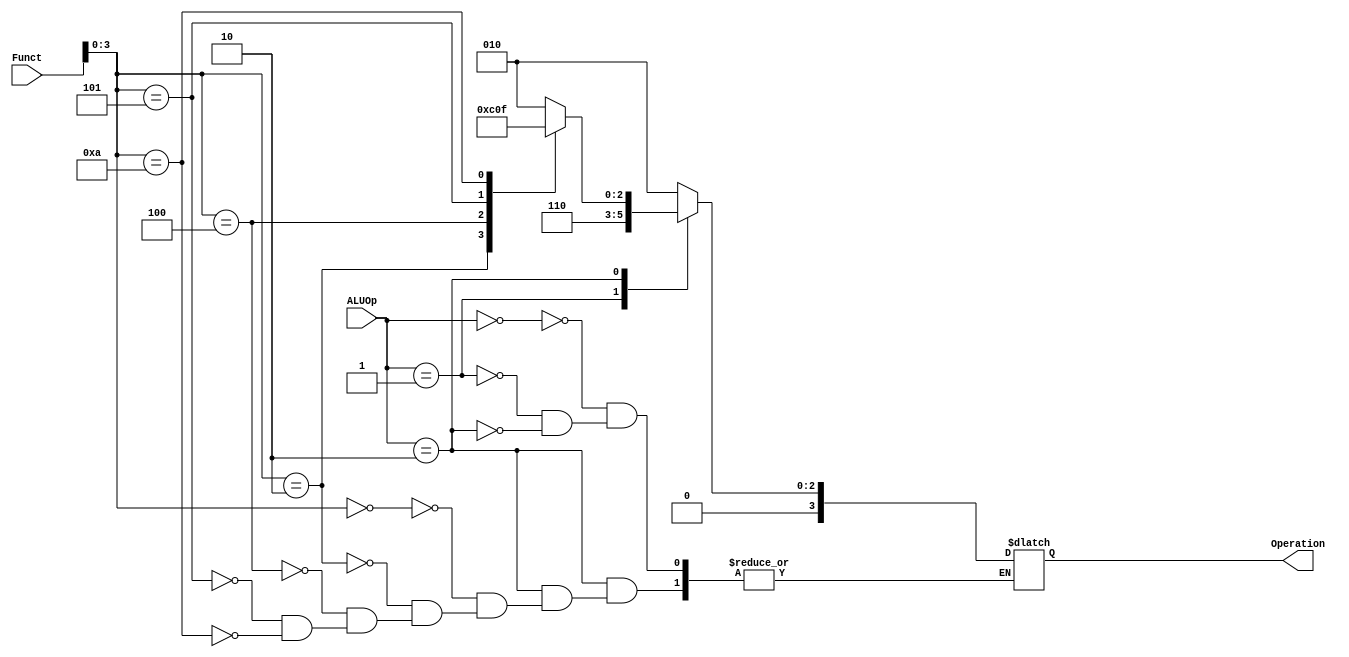
module ALUControl (ALUOp, Funct, Operation);
  input [1:0] ALUOp;
  input [5:0] Funct;
  output reg [3:0] Operation;

  always @ (ALUOp or Funct)
  begin
    case (ALUOp)
      2'b00:
	//lw,sw, addi, and addiu - add for load word, store word add immediate and add immediate unsigned
	Operation = 4'b0010;
      2'b01:
	//beq - subtract for branch if equal
	Operation = 4'b0110;
      2'b10:
	begin
	  case (Funct[0 +: 4])
	    4'b0000:
	      //add
	      Operation = 4'b0010;
	    4'b0010:
	      //sub - subtract
	      Operation = 4'b0110;
	    4'b0100:
	      //AND
	      Operation = 4'b0000;
	    4'b0101:
	      //OR
	      Operation = 4'b0001;
	    4'b1010:
	      //slt - Set on less than
	      Operation = 4'b0111;
	  endcase
	end
    endcase
  end

endmodule